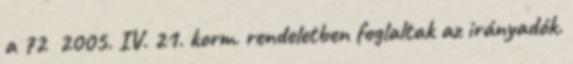
a 72 2005. IV. 21. korm. rendeletben foglaltak az irányadók.